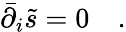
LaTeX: \bar{\partial}_{i}\tilde{s}=0\quad.